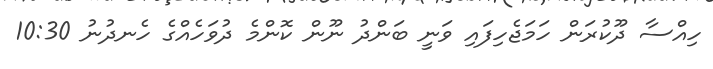
ހިއްސާ ދޫކުރަން ހަމަޖެހިފައި ވަނީ ބަންދު ނޫން ކޮންމެ ދުވަހެއްގެ ހެނދުނު 10:30